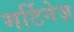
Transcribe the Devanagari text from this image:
मर्टिनेज़